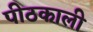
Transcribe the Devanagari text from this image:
पीठकाली